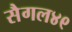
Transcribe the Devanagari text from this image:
सैगल४९